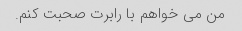
من می خواهم با رابرت صحبت کنم.